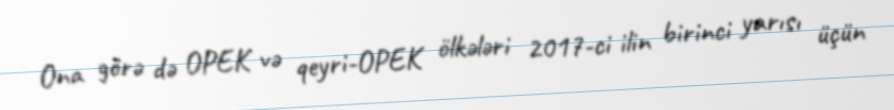
Ona görə də OPEK və qeyri-OPEK ölkələri 2017-ci ilin birinci yarısı üçün